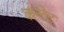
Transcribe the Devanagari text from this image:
कन्टेट